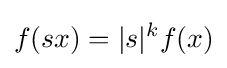
f(sx)=|s|^{k}f(x)